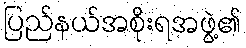
ပြည်နယ်အစိုးရအဖွဲ့၏